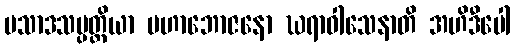
ပသာဒသမ္ပတ္တိယာ မဟာဘောဇနော ဃရာဝါသေနာတိ အဟိဒီပေါ